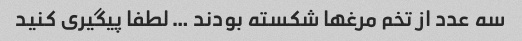
سه عدد از تخم مرغها شکسته بودند … لطفا پیگیری کنید